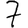
Digit: 7